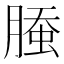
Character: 𰯁